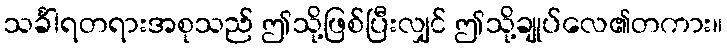
သင်္ခါရတရားအစုသည် ဤသို့ဖြစ်ပြီးလျှင် ဤသို့ချုပ်လေ၏တကား။